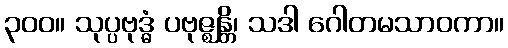
၃၀၀။ သုပ္ပဗုဒ္ဓံ ပဗုဇ္ဈန္တိ၊ သဒါ ဂေါတမသာဝကာ။